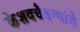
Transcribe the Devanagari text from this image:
केशवचैतन्यांचे